Annual administration report of the Civil Veterinary Department, Ajmere-Merwara, British Rajputana - 1914-1940
Year: 1914
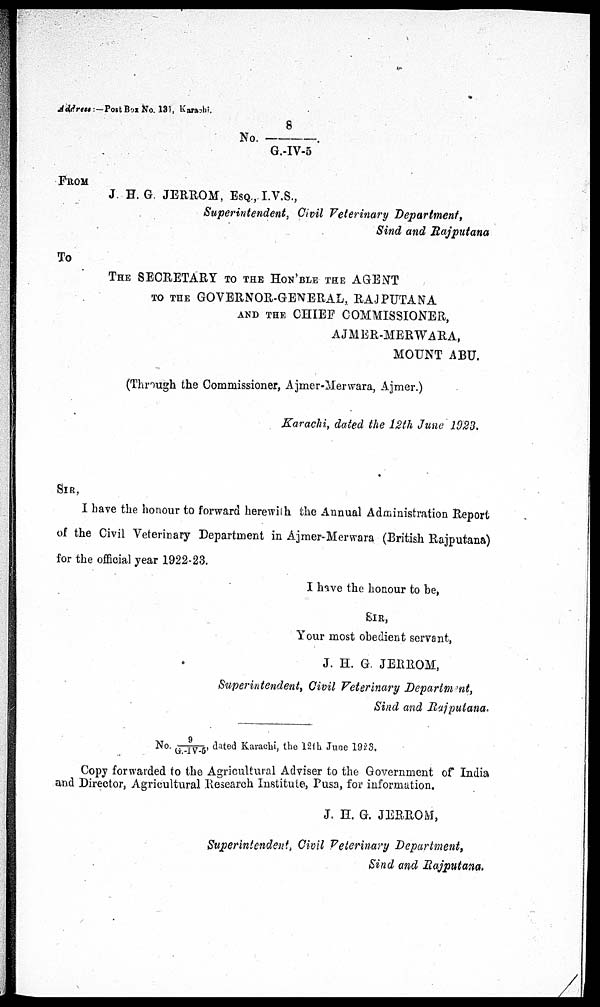
Address:— Post Box No. 131, Karachi.
No. 8/G.-IV-5
From
J. H. G. JERROM, ESQ, I.V.S.,
Superintendent, Civil Veterinary Department,
Sind and Rajputana
To
THE SECRETARY TO THE HON'BLE THE AGENT
TO THE GOVERNOR-GENERAL, RAJPUTANA
AND THE CHIEF COMMISSIONER,
AJMER-MERWARA,
MOUNT ABU.
(Through the Commissioner, Ajmer-Merwara, Ajmer.)
Karachi, dated the 12th June 1923,
Sir,
I have the honour to forward herewith the Annual Administration Report
of the Civil Veterinary Department in Ajmer-Merwara (British Rajputana)
for the official year 1922-23.
I have the honour to be,
SIR,
Your most obedient servant,
J. H. G. JERROM,
Superintendent, Civil Veterinary Department,
Sind and Rajputana.
No. 9/G.IV-5, dated Karachi, the 12th June 1923.
Copy forwarded to the Agricultural Adviser to the Government of India
and Director, Agricultural Research Institute, Pusa, for information.
J. H. G. JERROM,
Superintendent, Civil Veterinary Department,
Sind and Rajputana.